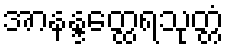
အာနန္ဒတ္ထေရသုတ္တံ